Annual statistical returns and brief notes on vaccination in Bengal - 1909-1929
Year: 1909
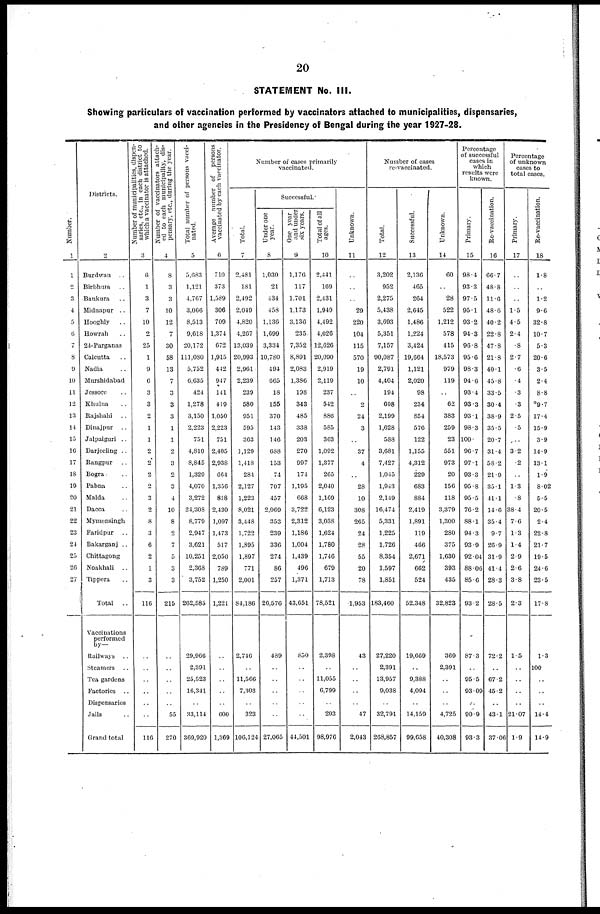
20
STATEMENT No. III.
Showing particulars of vaccination performed by vaccinators attached to municipalities, dispensaries,
and other agencies in the Presidency of Bengal during the year 1927-28.
Number.
1
1
2
3
4
5
6
7
8
9
10
11
12
13
14
15
16
17
18
19
20
21
22
23
24
25
26
27
Districts.
2
Burdwan ..
Birbhum ..
Bankura ..
Midnapur ..
Hooghly ..
Howrah ..
24-Parganas
Calcutta ..
Nadia ..
Murshidabad
Jessore ..
Khulna ..
Rajshahi ..
Dinajpur
..
Jalpaiguri ..
Darjeeling ..
Rangpur ..
Bogra ..
Pabna ..
Malda ..
Dacca ..
Mymensingh
Faridpur ..
Bakarganj ..
Chittagong
Noakhali ..
Tippera ..
Total
..
Vaccinations
performed
Railways ..
Steamers ..
Tea gardens
Factories ..
Dispensaries
Jails ..
Grand total
Number of municipalities, dispen¬
saries, etc., in each district to
which a vaccinator is attached.
3
8
1
3
7
10
2
25
1
9
6
3
3
2
1
1
2
2
2
2
3
2
8
3
6
2
1
3
116
..
..
..
..
..
..
116
Number of vaccinators attach-
ed to each municipality, dis-
pensary, etc., during the year.
4
8
3
3
10
12
7
30
58
13
7
3
3
3
1
1
2
3
2
3
4
10
8
2
7
5
3
3
215
..
..
..
..
..
55
270
Total number of persons vacci-
nated.
5
5,683
1,121
4,767
3,066
8,513
9,618
20,172
111,080
5,752
6,635
424
1,278
3,150
2,223
751
4,810
8,845
1,329
4,070
3,272
24,308
8,779
2,947
3,621
10,251
2,368
3,752
262,585
29,966
2,391
25,523
16,341
..
33,114
369,920
Average number of persons
vaccinated by each vaccinator.
6
710
373
1,589
306
709
1,374
672
1,915
442
947
141
419
1,050
2,223
751
2,405
2,938
664
1,356
818
2,430
1,097
1,473
517
2,050
789
1,250
1,221
..
..
..
..
600
1,369
Number of cases primarily
vaccinated.
Total.
7
2,481
181
2,492
2,049
4,820
4,267
13,039
20,993
2,961
2,239
239
580
951
595
363
1,129
1,418
284
2,127
1,223
8,021
3,448
1,722
1,895
1,897
771
2,001
84,186
2,746
..
11,566
7,303
..
323
106,124
Successful.
Under one
year.
8
1,030
21
434
458
1,136
1,699
3,334
10,780
494
665
18
155
370
143
146
688
153
74
707
457
2,069
353
239
336
274
86
257
26,576
489
..
..
..
..
..
27,065
One year
and under
six years.
9
1,176
117
1,701
1,173
3,136
235
7,352
8,891
2,083
1,386
198
343
485
338
203
270
997
174
1,195
668
3,722
2,312
1,186
1,004
1,439
496
1,371
43,651
850
..
..
..
..
..
44,501
Total of all
ages.
10
2,441
169
2,431
1,949
4,492
4,026
12,626
20,090
2,919
2,119
237
542
886
585
363
1,092
1,377
265
2,040
1,169
6,123
3,038
1,624
1,780
1,746
679
1,713
78,521
2,398
..
11,055
6,799
..
203
98,976
Unknown.
11
..
..
..
29
220
104
115
570
19
10
..
2
24
3
..
37
4
..
28
10
308
265
24
28
55
20
78
1,953
43
..
..
..
..
47
2,043
Number of cases
re-vaccinated.
Total.
12
3,202
952
2,275
5,438
3,693
5,351
7,157
90,087
2,791
4,404
194
698
2,199
1,628
588
3,681
7,427
1,045
1,943
2,149
16,474
5,331
1,225
1,726
8,354
1,597
1,851
183,460
27,220
2,391
13,957
9,038
..
32,791
268,857
Successful.
13
2,136
465
264
2,645
1,486
1,224
3,424
19,664
1,121
2,020
98
234
854
576
122
1,155
4,312
229
683
884
2,419
1,891
119
466
2,671
662
524
52,348
19,669
..
9,388
4,094
..
14,159
99,658
Unknown.
14
60
..
28
522
1,212
578
415
18,573
979
119
..
62
383
259
23
551
973
20
156
118
3,379
1,300
280
375
1,630
393
435
32,823
369
2,391
..
..
..
4,725
40,308
Percentage
of successful
cases in
which
results were
known.
Primary.
15
98.4
93.3
97.5
95.1
93.2
94.3
96.8
95.6
98.3
94.6
93.4
93.3
93.1
98.3
100.
96.7
97.1
93.3
95.8
95.5
76.2
88.1
94.3
93.9
92.04
88.06
85.6
93.2
87.3
..
95.5
93.09
..
90.9
93.3
Re-vaccination.
16
66.7
48.8
11.6
48.6
40.2
22.8
47.8
21.8
40.1
45.8
33.5
30.4
38.9
35.5
20.7
31.4
58.2
21.9
35.1
41.1
14.6
35.4
9.7
26.9
31.9
41.4
28.3
28.5
72.2
..
67.2
45.2
..
43.1
37.06
Percentage
of unknown
cases to
total cases.
Primary.
17
..
..
..
1.5
4.5
2.4
.8
2.7
.6
.4
.3
.3
2.5
.5
..
3.2
.2
..
1.3
.8
38.4
7.6
1.3
1.4
2.9
2.6
3.8
2.3
1.5
..
..
..
..
21.07
1.9
Re-vaccination.
18
1.8
..
1.2
9.6
32.8
10.7
5.3
20.6
3.5
2.4
8.8
9.7
17.4
15.9
3.9
14.9
13.1
1.9
8.02
5.5
20.5
2.4
22.8
21.7
19.5
24.6
23.5
17.8
1.3
100
..
..
..
14.4
14.9